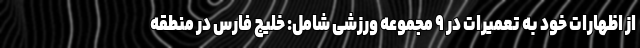
از اظهارات خود به تعمیرات در ۹ مجموعه ورزشی شامل: خلیج فارس در منطقه